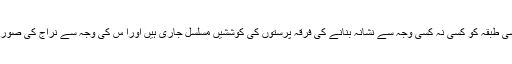
سماج کے کسی نہ کسی طبقہ کو کسی نہ کسی وجہ سے نشانہ بنانے کی فرقہ پرستوں کی کوششیں مسلسل جاری ہیں اورا س کی وجہ سے نراج کی صورتحال پیدا ہو رہی ہے ۔